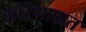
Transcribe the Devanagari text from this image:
कोरेगावात